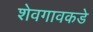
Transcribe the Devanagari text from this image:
शेवगावकडे